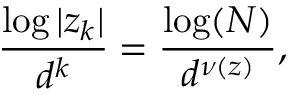
{ \frac { \log | z _ { k } | } { d ^ { k } } } = { \frac { \log ( N ) } { d ^ { \nu ( z ) } } } ,